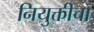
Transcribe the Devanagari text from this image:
नियुक्तीचा